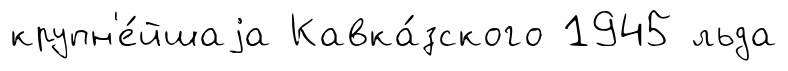
крупн'е́йшаjа Кавка́зского 1945 льда